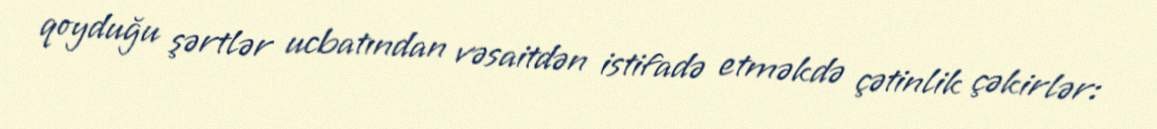
qoyduğu şərtlər ucbatından vəsaitdən istifadə etməkdə çətinlik çəkirlər: